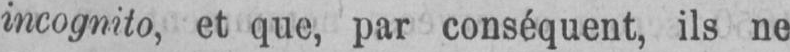
incognito, et que, par conséquent, ils ne